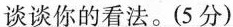
谈谈你的看法。(5分)